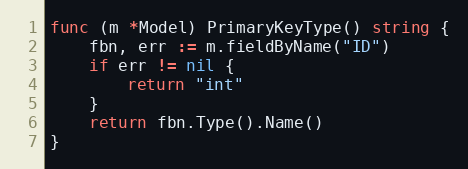
Language: Go
func (m *Model) PrimaryKeyType() string {
	fbn, err := m.fieldByName("ID")
	if err != nil {
		return "int"
	}
	return fbn.Type().Name()
}